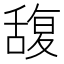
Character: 𮍼